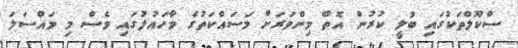
ސްކޫލްތަކުގައި ބުލީ ކުރުން އޮތް މިންވަރަށް މަސައްކަތުގެ މާހައުލުގައި ވެސް މި މައްސަލަ